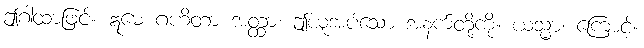
ဤဂါထာဖြင့်။ ဣမေ ဂဟိတာ အတ္ထာ၊ ဤယူအပ်သော အနက်တို့ကို။ ယသ္မာ၊ ကြောင့်။